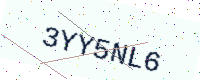
Text: 3YY5NL6